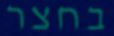
בחצר